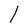
Character: 1